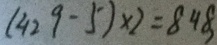
( 4 2 9 - 5 ) \times 2 = 8 4 8